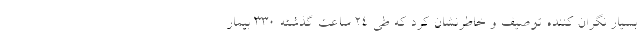
بسیار نگران کننده توصیف و خاطرنشان کرد که طی ۲۴ ساعت گذشته ۳۳۰ بیمار